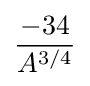
-34 \over A^{3/4}